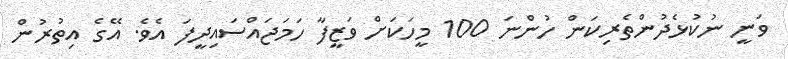
ވަނީ ނުކުޅެދުންތެރިކަން ހުންނަ 100 މީހަކަށް ވަޒީފާ ހަމަޖައްސައިދީފަ އެވެ. އޭގެ އިތުރުން